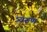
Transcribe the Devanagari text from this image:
त्र्यरुण